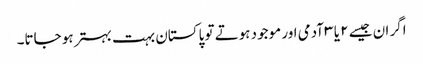
اگر ان جیسے ۲ یا ۳ آدمی اور موجود ہوتے تو پاکستان بہت بہتر ہو جاتا۔